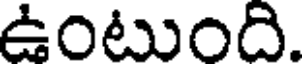
ఉంటుంది.